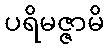
ပရိမဇ္ဇာမိ